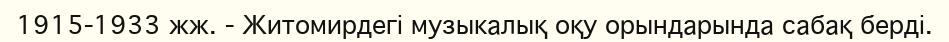
1915-1933 жж. - Житомирдегі музыкалық оқу орындарында сабақ берді.